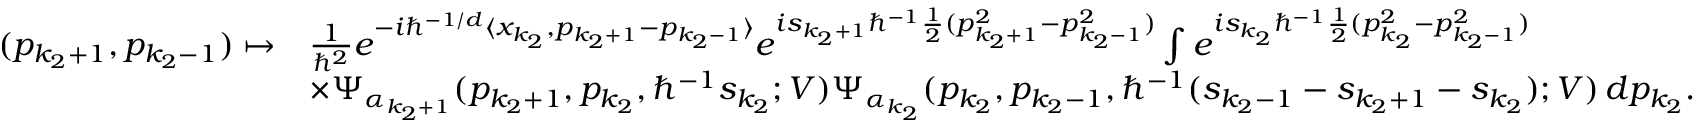
\begin{array} { r l } { ( p _ { k _ { 2 } + 1 } , p _ { k _ { 2 } - 1 } ) \mapsto } & { \frac { 1 } { \hbar ^ { 2 } } e ^ { - i \hbar ^ { - 1 / d } \langle x _ { k _ { 2 } } , p _ { k _ { 2 } + 1 } - p _ { k _ { 2 } - 1 } \rangle } e ^ { i s _ { k _ { 2 } + 1 } \hbar ^ { - 1 } \frac { 1 } { 2 } ( p _ { k _ { 2 } + 1 } ^ { 2 } - p _ { k _ { 2 } - 1 } ^ { 2 } ) } \int e ^ { i s _ { k _ { 2 } } \hbar ^ { - 1 } \frac { 1 } { 2 } ( p _ { k _ { 2 } } ^ { 2 } - p _ { k _ { 2 } - 1 } ^ { 2 } ) } } \\ & { \times \Psi _ { \alpha _ { k _ { 2 } + 1 } } ( p _ { k _ { 2 } + 1 } , p _ { k _ { 2 } } , \hbar ^ { - 1 } s _ { k _ { 2 } } ; V ) \Psi _ { \alpha _ { k _ { 2 } } } ( p _ { k _ { 2 } } , p _ { k _ { 2 } - 1 } , \hbar ^ { - 1 } ( s _ { k _ { 2 } - 1 } - s _ { k _ { 2 } + 1 } - s _ { k _ { 2 } } ) ; V ) \, d p _ { k _ { 2 } } . } \end{array}